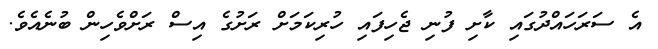
އެ ސަރަހައްދުގައި ކާށި ފުނި ޖެހިފައި ހުރިކަމަށް ރަށުގެ އިސް ރަށްވެހިން ބުނެއެވެ.